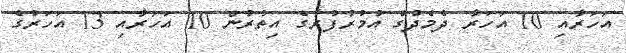
އަަހަރާއި 10 އަހަރާ ދެމެދުގެ އުމުރުފުރާގެ އިތުރުން 10 އަހަރާއި 13 އަހަރުގެ